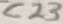
Text: C23